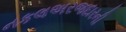
નકલઅરજદારની